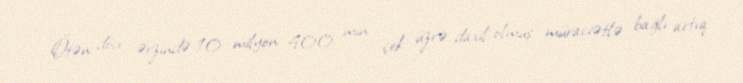
Ötən dövr ərzində 10 milyon 400 min çek üzrə daxil olmuş müraciətlə bağlı artıq